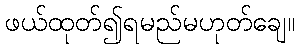
ဖယ်ထုတ်၍ရမည်မဟုတ်ချေ။